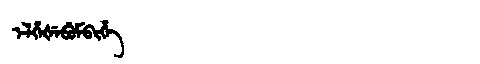
Manchu: ᡝᠯᡥᡝᡧᡝᠪᡠᠮᠪᡳᡥᡝ
Romanization: ELHEŠEBUMBIHE